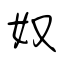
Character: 奴